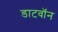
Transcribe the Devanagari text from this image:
डाटवॉन